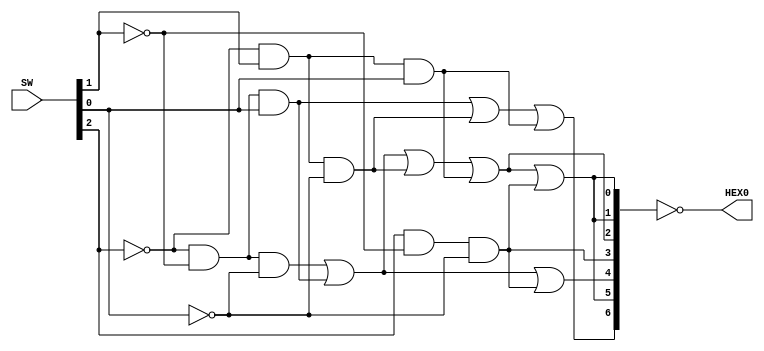
module part4(HEX0, SW);
	input[0:2]SW;
	output[0:6]HEX0;
	wire [0:6] H0;
	
	assign H0[0] = (~SW[0] & ~SW[1] & SW[2])| (~SW[0] & SW[1] & ~SW[2])| (~SW[0] & SW[1] & SW[2]);
	assign H0[1] = (~SW[0] & ~SW[1] & ~SW[2])|(~SW[0] & ~SW[1] & SW[2])|(~SW[0] & SW[1] & ~SW[2])|
						(~SW[0] & SW[1] & SW[2])|(SW[0] & ~SW[1] & ~SW[2]);
	assign H0[2] = (~SW[0] & ~SW[1] & ~SW[2])|(~SW[0] & ~SW[1] & SW[2])|(SW[0] & ~SW[1] & ~SW[2]);
	assign H0[3] = (SW[0] & ~SW[1] & ~SW[2]);
	assign H0[4] = (~SW[0] & ~SW[1] & ~SW[2])|(~SW[0] & ~SW[1] & SW[2])|(~SW[0] & SW[1] & ~SW[2])|
						(~SW[0] & SW[1] & SW[2]);
	assign H0[5] = (~SW[0] & ~SW[1] & ~SW[2])|(~SW[0] & ~SW[1] & SW[2])|(~SW[0] & SW[1] & ~SW[2])|
						(~SW[0] & SW[1] & SW[2])|(SW[0] & ~SW[1] & ~SW[2]);
	assign H0[6] = (~SW[0] & ~SW[1] & ~SW[2])|(~SW[0] & ~SW[1] & SW[2])|(~SW[0] & SW[1] & ~SW[2])|
						(~SW[0] & SW[1] & SW[2])|(SW[0] & ~SW[1] & ~SW[2]);
	
	assign HEX0 = ~H0;
endmodule